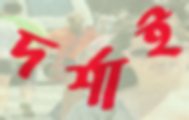
দর্শাই